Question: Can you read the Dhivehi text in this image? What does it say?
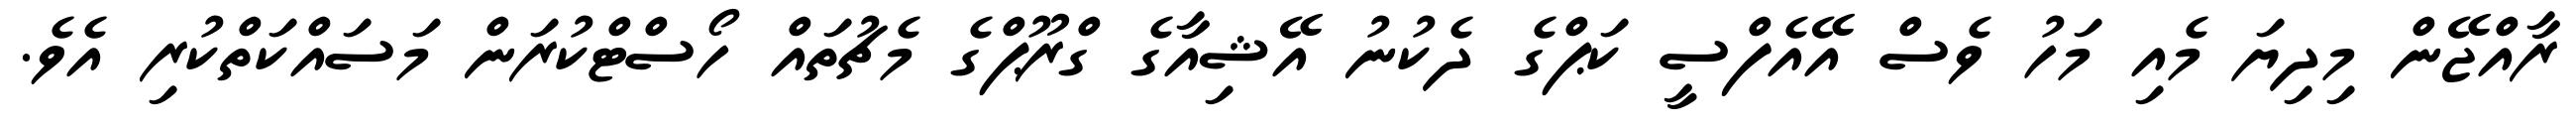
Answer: ރާއްޖޭން މިދިޔަ މެއި މަހު ވެސް އޭއެފްސީ ކަޕްގެ ދެކުނު އޭޝިއާގެ ގްރޫޕްގެ މެޗުތައް ހޯސްޓްކުރަން މަސައްކަތްކުރި އެވެ.